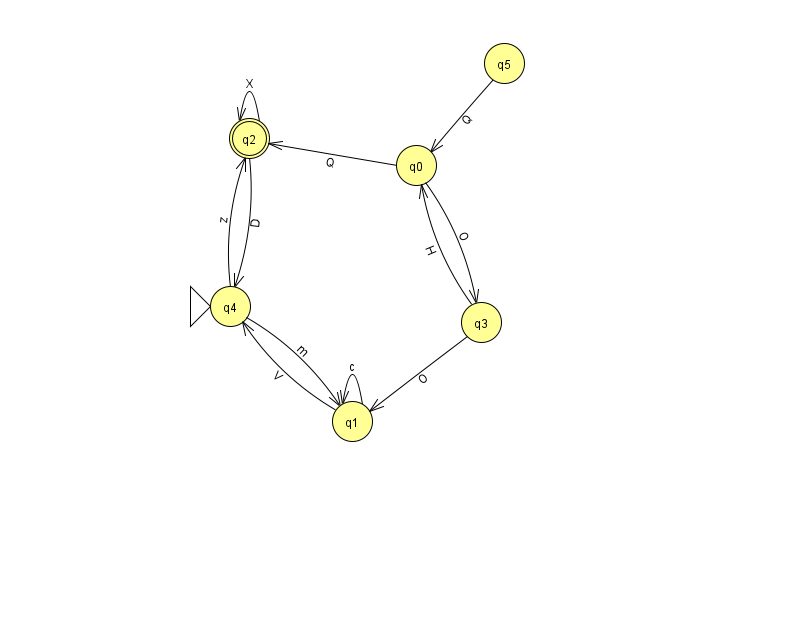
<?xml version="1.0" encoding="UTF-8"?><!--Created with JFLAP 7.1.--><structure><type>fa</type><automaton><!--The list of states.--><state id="0" name="q0"><x>416.0</x><y>152.0</y></state><state id="1" name="q1"><x>352.0</x><y>408.0</y></state><state id="2" name="q2"><x>249.0</x><y>125.0</y><final/></state><state id="3" name="q3"><x>481.0</x><y>309.0</y></state><state id="4" name="q4"><x>230.0</x><y>293.0</y><initial/></state><state id="5" name="q5"><x>504.0</x><y>50.0</y></state><!--The list of transitions.--><transition><from>0</from><to>3</to><read>O</read></transition><transition><from>4</from><to>1</to><read>m</read></transition><transition><from>1</from><to>1</to><read>c</read></transition><transition><from>4</from><to>2</to><read>z</read></transition><transition><from>3</from><to>0</to><read>H</read></transition><transition><from>2</from><to>2</to><read>X</read></transition><transition><from>1</from><to>4</to><read>V</read></transition><transition><from>3</from><to>1</to><read>O</read></transition><transition><from>5</from><to>0</to><read>Q</read></transition><transition><from>2</from><to>4</to><read>D</read></transition><transition><from>0</from><to>2</to><read>Q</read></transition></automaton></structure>